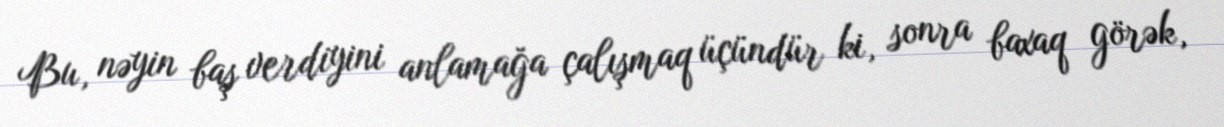
Bu, nəyin baş verdiyini anlamağa çalışmaq üçündür ki, sonra baxaq görək,